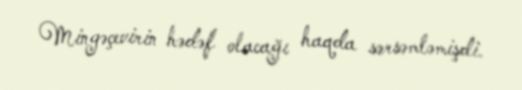
Mingəçevirin hədəf olacağı haqda sərsəmləmişdi.